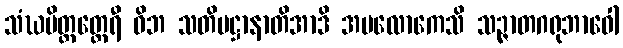
သံဃမိတ္တတ္ထေရီ ဝိဘ သတိပဋ္ဌာနာတိအာဒိ အပလောကေသိ သဉ္ဇာတဂရုဘာဝေါ